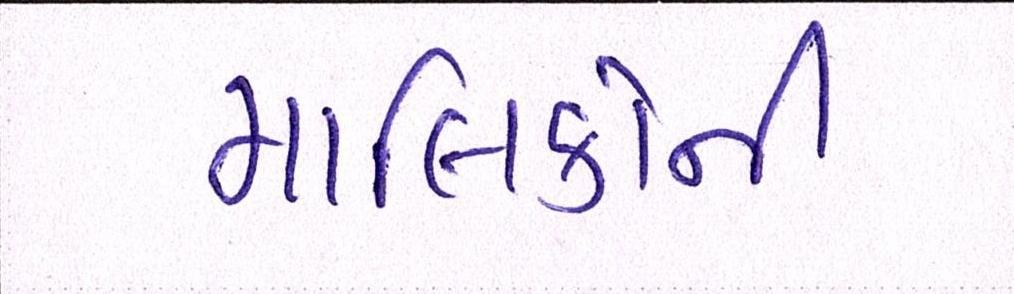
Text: માલિકોની